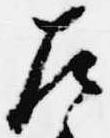
左